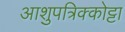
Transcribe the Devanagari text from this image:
आशुपत्रिक्कोट्टा